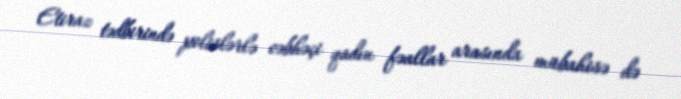
Etiraz tədbirində polislərlə cəbhəçi qadın fəallar arasında mübahisə də